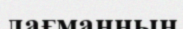
лағманның